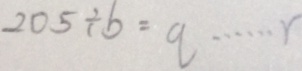
2 0 5 \div b = q \cdots r